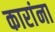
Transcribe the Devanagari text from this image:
कारांना